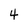
Character: 4